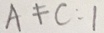
A \neq C : 1